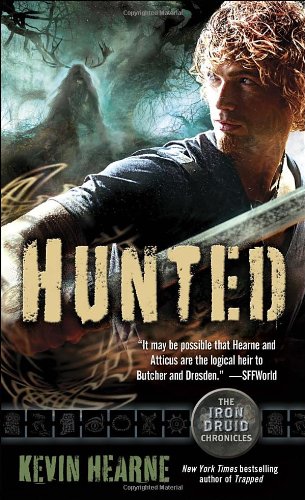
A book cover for Hunted (Iron Druid Chronicles); Kevin Hearne; Literature & Fiction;